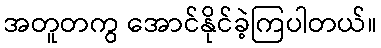
အတူတကွ အောင်နိုင်ခဲ့ကြပါတယ်။